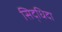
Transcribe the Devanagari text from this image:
सिद्धिदा